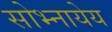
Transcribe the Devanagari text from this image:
सोभ्नायेय